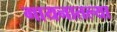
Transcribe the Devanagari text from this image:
गायनातल्या